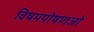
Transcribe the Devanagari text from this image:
विषमपोषणजों